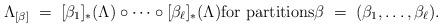
LaTeX: \begin{align*} \Lambda_{[\beta]} \;=\; [\beta_1]_* (\Lambda) \circ \cdots \circ [\beta_\ell]_* (\Lambda) \textnormal{for partitions} \beta \;=\; (\beta_1, \dots, \beta_\ell).\end{align*}